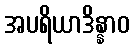
အပရိယာဒိန္နာဝ